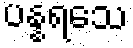
ပန္နရသေ